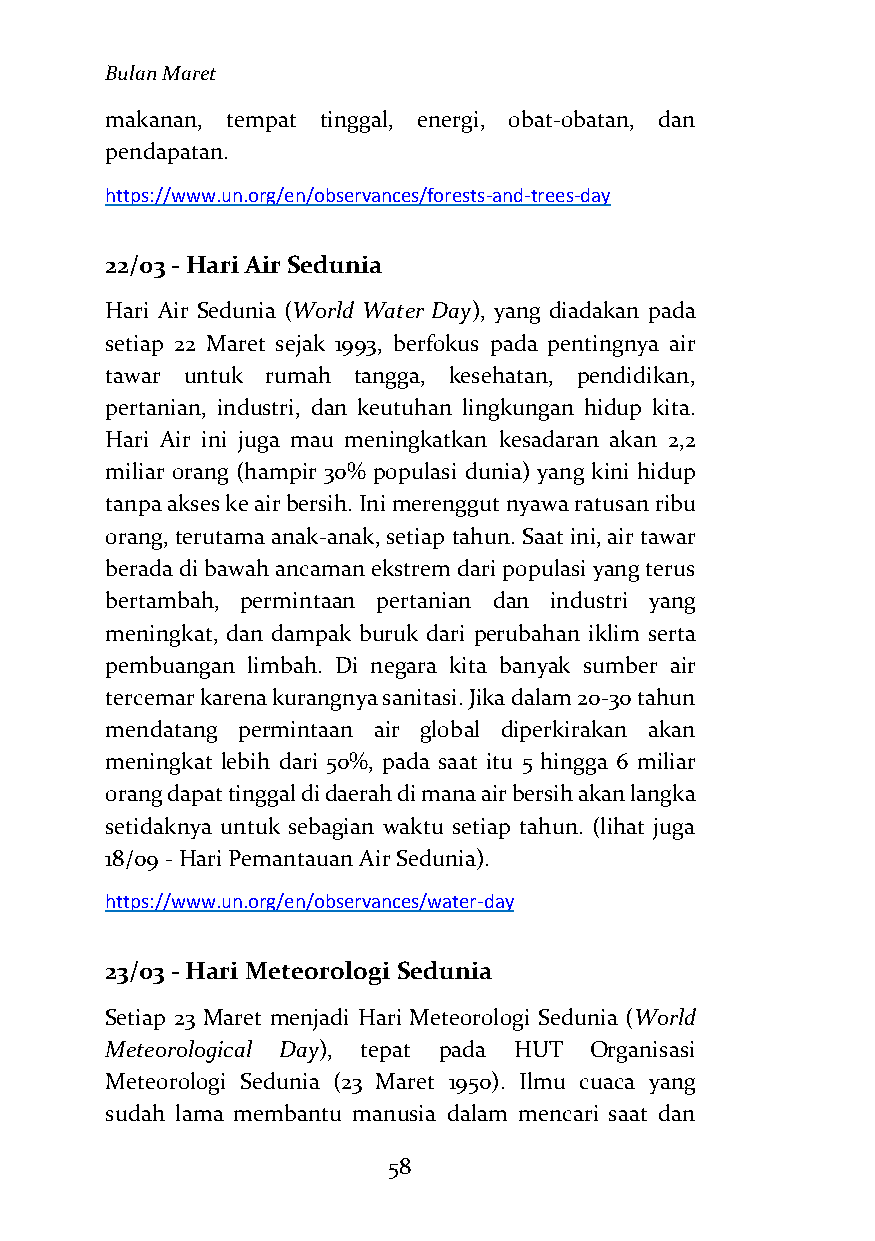
Bulan Maret
 makanan, tempat tinggal, energi, obat-obatan, dan
 pendapatan.
 https://www.un.org/en/observances/forests-and-trees-day
 22/03 - Hari Air Sedunia
 Hari Air Sedunia (World Water Day), yang diadakan pada
 setiap 22 Maret sejak 1993, berfokus pada pentingnya air
 tawar untuk rumah tangga, kesehatan, pendidikan,
 pertanian, industri, dan keutuhan lingkungan hidup kita.
 Hari Air ini juga mau meningkatkan kesadaran akan 2,2
 miliar orang (hampir 30% populasi dunia) yang kini hidup
 tanpa akses ke air bersih. Ini merenggut nyawa ratusan ribu
 orang, terutama anak-anak, setiap tahun. Saat ini, air tawar
 berada di bawah ancaman ekstrem dari populasi yang terus
 bertambah, permintaan pertanian dan industri yang
 meningkat, dan dampak buruk dari perubahan iklim serta
 pembuangan limbah. Di negara kita banyak sumber air
 tercemar karena kurangnya sanitasi. Jika dalam 20-30 tahun
 mendatang permintaan air global diperkirakan akan
 meningkat lebih dari 50%, pada saat itu 5 hingga 6 miliar
 orang dapat tinggal di daerah di mana air bersih akan langka
 setidaknya untuk sebagian waktu setiap tahun. (lihat juga
 18/09 - Hari Pemantauan Air Sedunia).
 https://www.un.org/en/observances/water-day
 23/03 - Hari Meteorologi Sedunia
 Setiap 23 Maret menjadi Hari Meteorologi Sedunia (World
 Meteorological Day), tepat pada HUT Organisasi
 Meteorologi Sedunia (23 Maret 1950). Ilmu cuaca yang
 sudah lama membantu manusia dalam mencari saat dan
 58